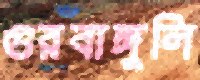
গুরবাঙ্গুলি